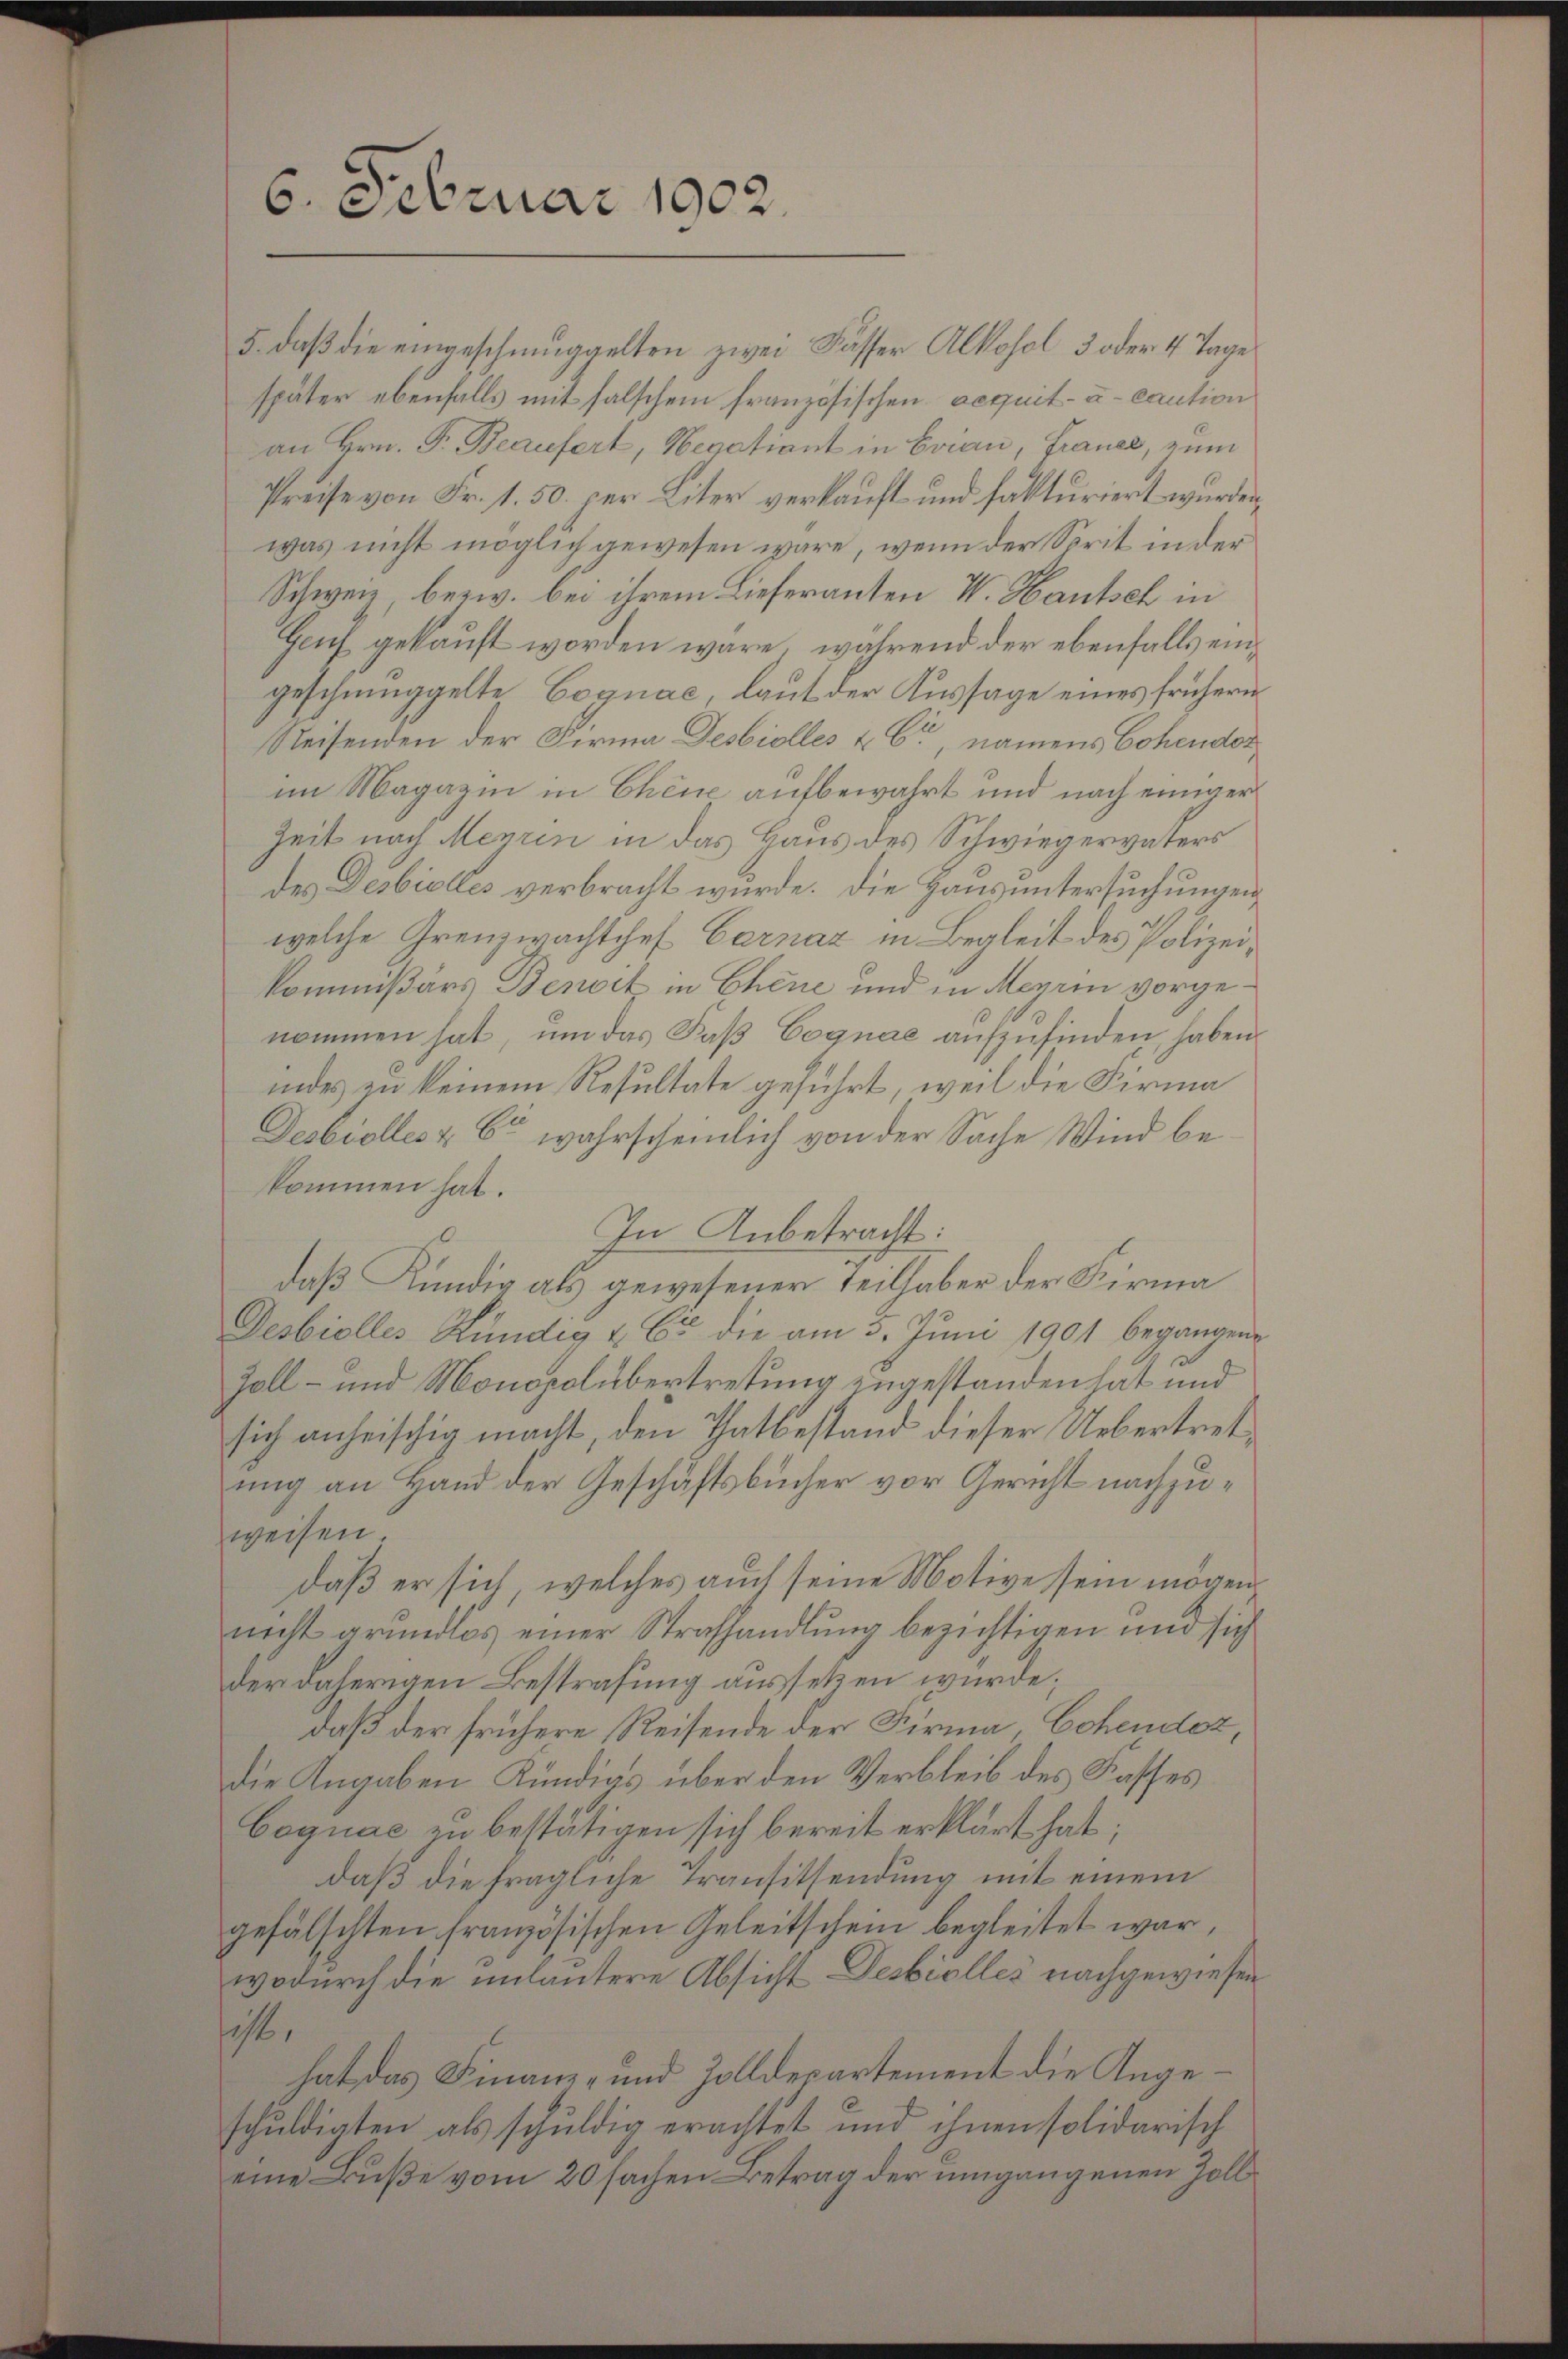
6. Februar 1902.

5. daß die eingeschmuggelten zwei Fässer Alkohol 3 oder 4 Tage
später ebenfalls mit falschem französischen acquit- u- caution
an Hrn. F. Beaufert, Negatiant in Evian, Frauer, zum
Preise von Fr. 1. 50. per Liter verkauft und fakturiert wurden,
was nicht möglich gewesen wäre, wenn der Sorit in der
Schweiz, bezw. bei ihrem Lieferanten V. Hautsch in
Genf gekauft worden wäre, während der ebenfalls eingeschmuggelte Coquae, laut der Aussage eines frühern
Reisenden der Firma Desbiolles & Cie, namens Cohender
im Magazin in Chene aufbewahrt und nach einiger
Zeit nach Menzin in das Haus des Schwiegervaters
des Desbiolles verbracht wurde. Die Hausuntersuchungen
welche Grenzwachtchef Carnaz in Begleit des Polizeikommißärs Benoit in Chene und in Meyrin vorgenommen hat, um das Faß Cognae aufzufinden, haben
indes zu keinem Resultate geführt, weil die Firma
Desbiolles & 6. wahrscheinlich von der Sache Wind bekommen hat.
In Anbetracht:
daß Kündig als gewesener Teilhaber der Firma
Desbiolles Kündig u. Er die am 3. Juni 1901 begangene
Zoll- und Monopolübertretung zugestanden hat und
sich anheischig macht, den Thatbestand dieser Uebertretung an Hand der Geschäftsbücher vor Gericht nachzuweisen.
daß er sich, welches auch seine Motive sein mögen
nicht grundlos einer Strafhandlung bezichtigen und sich
der daherigen Bestrafung aussetzen würde;
daß der frühere Reisende der Firma, Cohendez,
Die Angaben Kündigs über den Verbleib des Kasses
Coguae zu bestätigen sich bereit erklärt hat;
daß die fragliche Transitsendung mit einem
gefälschten französischen Geleitschein begleitet war,
wodurch die unlautere Absicht Desbrolles nachgewiesen
sicht,
hat das Finanz- und Zolldepartement die Angeschuldigten als schuldig erachtet und ihnen solidarisch
eine Buße vom 20 sachen Betrag der umgangenen Zoll¬